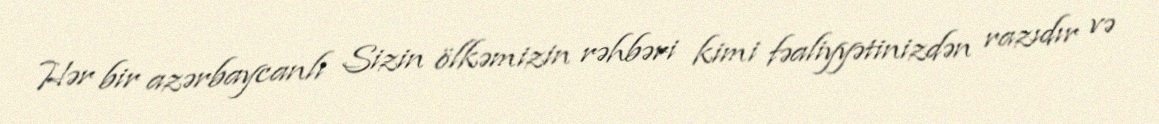
Hər bir azərbaycanlı Sizin ölkəmizin rəhbəri kimi fəaliyyətinizdən razıdır və